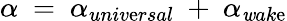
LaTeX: \alpha~=~\alpha_{univ\mathrm{e}rsal}~+~\alpha_{\mathit{w}ak\mathrm{e}}